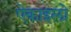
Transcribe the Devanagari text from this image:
ऐकाइलो